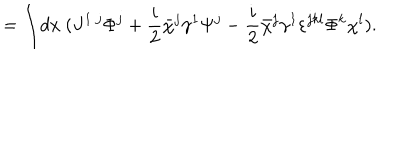
= \int \! d x ~ ( J ^ { 1 ~ j } \Phi ^ { j } + { \frac { i } { 2 } } \bar { \chi } ^ { j } \gamma ^ { 1 } \Psi ^ { j } - { \frac { i } { 2 } } \bar { \chi } ^ { j } \gamma ^ { 1 } \varepsilon ^ { j k l } \Phi ^ { k } \chi ^ { l } ) .